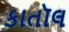
કાતૉલ